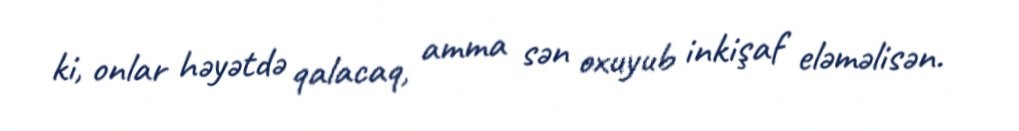
ki, onlar həyətdə qalacaq, amma sən oxuyub inkişaf eləməlisən.